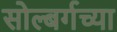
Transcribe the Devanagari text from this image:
सोल्बर्गच्या